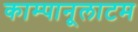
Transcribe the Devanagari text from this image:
काम्पानूलाटम